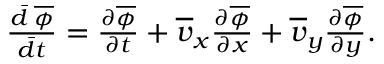
\begin{array} { r } { \frac { \Bar { d } \; \overline { { \phi } } } { \Bar { d t } } = \frac { \partial \overline { { \phi } } } { \partial t } + \overline { { v } } _ { x } \frac { \partial \overline { { \phi } } } { \partial x } + \overline { { v } } _ { y } \frac { \partial \overline { { \phi } } } { \partial y } . } \end{array}